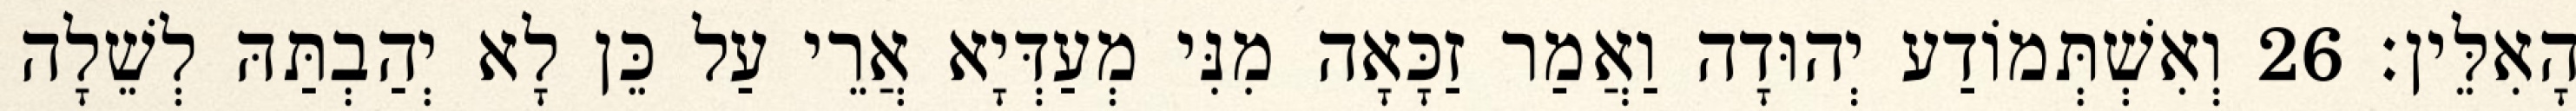
הָאִלֵּין׃ 26 וְאִשְׁתְּמוֹדַע יְהוּדָה וַאֲמַר זַכָּאָה מִנִּי מְעַדְּיָא אֲרֵי עַל כֵּן לָא יְהַבְתַּהּ לְשֵׁלָה